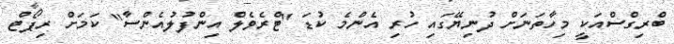
ބްރިގްސްއަކީ މިހާތަނަށް ދުނިޔޭގައި ހުރި އެންމެ ކުޑަ ''ޓްރެވެލް އިންފުލުއެންސާ'' ކަމަށް ރިޕޯޓް